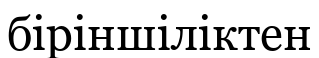
біріншіліктен